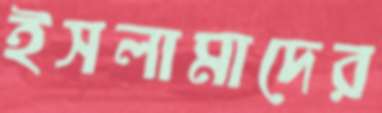
ইসলামাদের